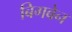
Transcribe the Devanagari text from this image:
बिगबेन